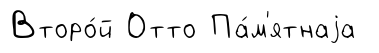
Второ́й Отто Па́м'ятнаjа